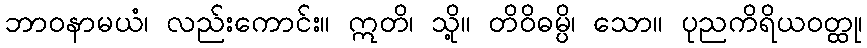
ဘာဝနာမယံ၊ လည်းကောင်း။ ဣတိ၊ သို့။ တိဝိဓမ္ပိ၊ သော။ ပုညကိရိယဝတ္ထု၊